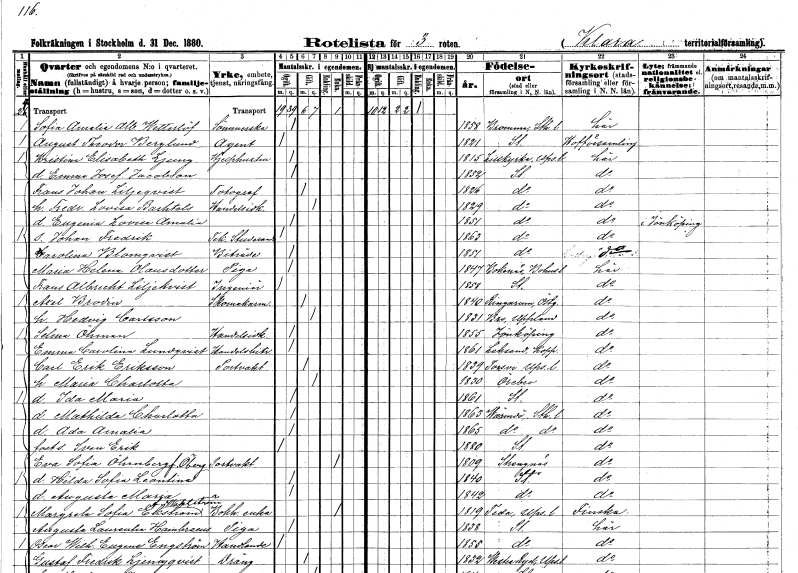
gt_parse: households: individuals: FN: Sofia Amalia Albertina
EN: Wetterlöf
KON: K
CIV: O
FODAR: 1858
FODFORS: Bromma Stockholms län
FN: August Theodor
EN: Berglund
YRKE: Agent
KON: M
CIV: O
FODAR: 1821
FODFORS: Stockholm
FN: Kristina Elisabeth
EN: Ljung
YRKE: Hjälphustru
KON: K
CIV: O
FODAR: 1815
FODFORS: Lillkyrka Uppsala län
FN: Emma Josefina
EN: Jacobson
KON: K
CIV: O
FODAR: 1852
FODFORS: Stockholm
FN: Frans Johan
EN: Liljeqvist
YRKE: Fotograf
KON: M
CIV: G
FODAR: 1826
FODFORS: Stockholm
FN: Fredrika Lovisa
EN: Barhtels
YRKE: Handelsidkare
KON: K
CIV: G
FODAR: 1829
FODFORS: Stockholm
FN: Eugenia Lovisa Amalia
KON: K
CIV: O
FODAR: 1851
FODFORS: Stockholm
FN: Johan Fredrik
YRKE: Teknisk stud
KON: M
CIV: O
FODAR: 1863
FODFORS: Stockholm
FN: Carolina
EN: Blomqvist
YRKE: Biträde
KON: K
CIV: O
FODAR: 1851
FODFORS: Stockholm
FN: Maria Helena
EN: Olausdotter
YRKE: Piga
KON: K
CIV: O
FODAR: 1847
FODFORS: Bokenäs Göteborgs- och Bohuslän
FN: Frans Albrecht
EN: Liljekvist
YRKE: Ingenjör
KON: M
CIV: O
FODAR: 1858
FODFORS: Stockholm
FN: Axel
EN: Brodin
YRKE: Skomakare
KON: M
CIV: G
FODAR: 1840
FODFORS: Ringarum Östergötlands län
FN: Hedvig
EN: Carlsson
KON: K
CIV: G
FODAR: 1831
FODFORS: Bro Stockholms län
FN: Selma
EN: Öhman
YRKE: Handelsidkare
KON: K
CIV: O
FODAR: 1855
FODFORS: Jönköping Jönköpings län
FN: Emma Carolina
EN: Lundqvist
YRKE: Handelsbiträde
KON: K
CIV: O
FODAR: 1861
FODFORS: Leksand Kopparbergs län
FN: Carl Erik
EN: Eriksson
YRKE: Portvakt
KON: M
CIV: G
FODAR: 1839
FODFORS: Torsvi Uppsala län
FN: Maria Charlotta
KON: K
CIV: G
FODAR: 1830
FODFORS: Örebro Örebro län
FN: Ida Maria
KON: K
CIV: O
FODAR: 1861
FODFORS: Stockholm
FN: Mathilda Charlotta
KON: K
CIV: O
FODAR: 1863
FODFORS: Värmdö Stockholms län
FN: Ada Amalia
KON: K
CIV: O
FODAR: 1865
FODFORS: Värmdö Stockholms län
FN: Sven Erik
KON: M
CIV: O
FODAR: 1880
FODFORS: Stockholm
FN: Eva Sofia
EN: Öhrnberg Öberg
YRKE: Portvakt
KON: K
CIV: E
FODAR: 1809
FODFORS: Strängnäs Södermanlands län
FN: Hilda Sofia Leontina
KON: K
CIV: O
FODAR: 1840
FODFORS: Stockholm
FN: Augusta Maria
KON: K
CIV: O
FODAR: 1842
FODFORS: Stockholm
FN: Margreta Sofia
EN: Ekström Wahlström
YRKE: Bokhållareänka
KON: K
CIV: E
FODAR: 1819
FODFORS: Teda Uppsala län
FN: Augusta Laurentia
EN: Hambraeus
YRKE: Piga
KON: K
CIV: O
FODAR: 1838
FODFORS: Stockholm
FN: Oscar Wilhelm Eugene
EN: Engström
YRKE: Handlande
KON: M
CIV: O
FODAR: 1855
FODFORS: Stockholm
FN: Gustaf Fredrik
EN: Ljungqvist
YRKE: Dräng
KON: M
CIV: G
FODAR: 1832
FODFORS: Västra Ryd Stockholms län